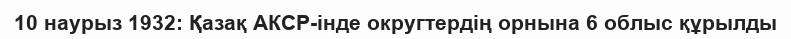
10 наурыз 1932: Қазақ АКСР-інде округтердің орнына 6 облыс құрылды